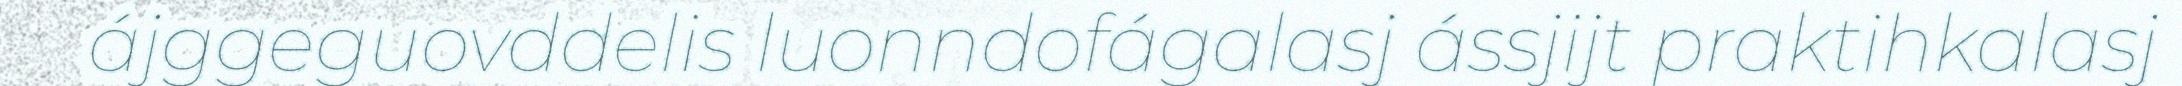
ájggeguovddelis luonndofágalasj ássjijt praktihkalasj